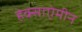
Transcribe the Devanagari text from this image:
हेक्साऐमीन